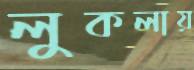
লুকলায়